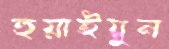
হুয়াইয়ুন